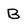
Character: B